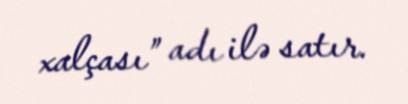
xalçası” adı ilə satır.